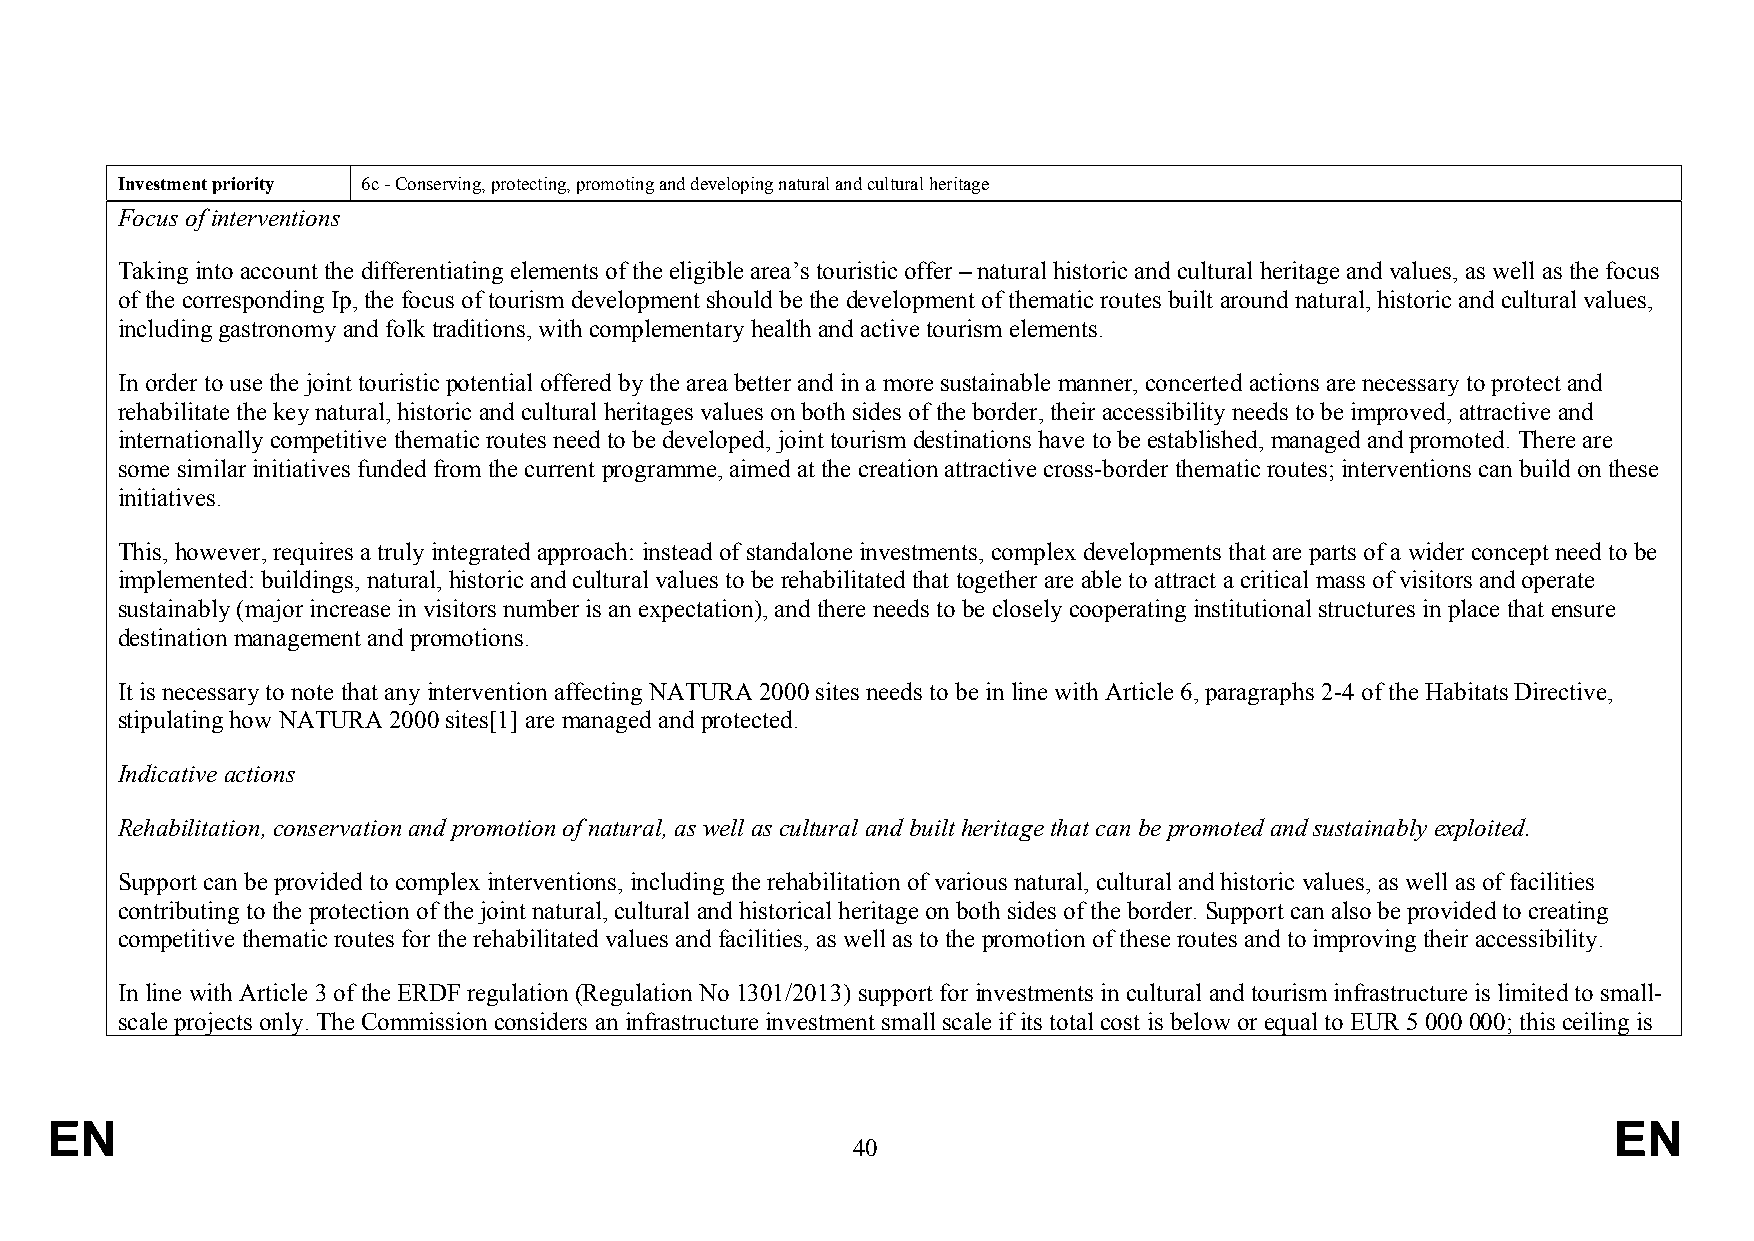
Investment priority 6c - Conserving, protecting, promoting and developing natural and cultural heritage
 Focus of interventions
 Taking into account the differentiating elements of the eligible area’s touristic offer – natural historic and cultural heritage and values, as well as the focus
 of the corresponding Ip, the focus of tourism development should be the development of thematic routes built around natural, historic and cultural values,
 including gastronomy and folk traditions, with complementary health and active tourism elements.
 In order to use the joint touristic potential offered by the area better and in a more sustainable manner, concerted actions are necessary to protect and
 rehabilitate the key natural, historic and cultural heritages values on both sides of the border, their accessibility needs to be improved, attractive and
 internationally competitive thematic routes need to be developed, joint tourism destinations have to be established, managed and promoted. There are
 some similar initiatives funded from the current programme, aimed at the creation attractive cross-border thematic routes; interventions can build on these
 initiatives.
 This, however, requires a truly integrated approach: instead of standalone investments, complex developments that are parts of a wider concept need to be
 implemented: buildings, natural, historic and cultural values to be rehabilitated that together are able to attract a critical mass of visitors and operate
 sustainably (major increase in visitors number is an expectation), and there needs to be closely cooperating institutional structures in place that ensure
 destination management and promotions.
 It is necessary to note that any intervention affecting NATURA 2000 sites needs to be in line with Article 6, paragraphs 2-4 of the Habitats Directive,
 stipulating how NATURA 2000 sites[1] are managed and protected.
 Indicative actions
 Rehabilitation, conservation and promotion of natural, as well as cultural and built heritage that can be promoted and sustainably exploited.
 Support can be provided to complex interventions, including the rehabilitation of various natural, cultural and historic values, as well as of facilities
 contributing to the protection of the joint natural, cultural and historical heritage on both sides of the border. Support can also be provided to creating
 competitive thematic routes for the rehabilitated values and facilities, as well as to the promotion of these routes and to improving their accessibility.
 In line with Article 3 of the ERDF regulation (Regulation No 1301/2013) support for investments in cultural and tourism infrastructure is limited to small-
 scale projects only. The Commission considers an infrastructure investment small scale if its total cost is below or equal to EUR 5 000 000; this ceiling is
 EN                                                                                                      EN
 40